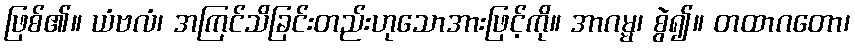
ဖြစ်၏။ ယံဗလံ၊ အကြင်သိခြင်းတည်းဟုသောအားဖြင့်ကို။ အာဂမ္မ၊ စွဲ၍။ တထာဂတော၊